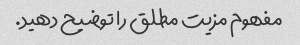
مفهوم مزیت مطلق را توضیح دهید.